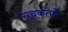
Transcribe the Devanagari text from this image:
सूचकतेने